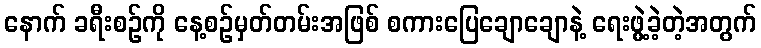
နောက် ခရီးစဉ်ကို နေ့စဉ်မှတ်တမ်းအဖြစ် စကားပြေချောချောနဲ့ ရေးဖွဲ့ခဲ့တဲ့အတွက်